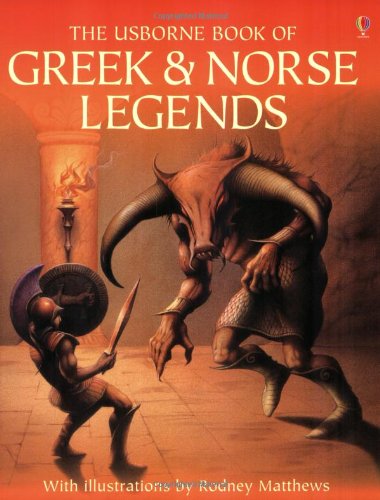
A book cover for The Usborne Book of Greek and Norse Legends; Children's Books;